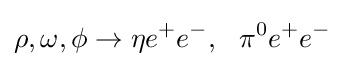
\rho ,\omega ,\phi \to \eta e^{+}e^{-},~~\pi ^{0}e^{+}e^{-}